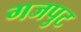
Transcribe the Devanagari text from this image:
गजपुट